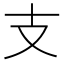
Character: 支